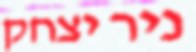
ניר יצחק